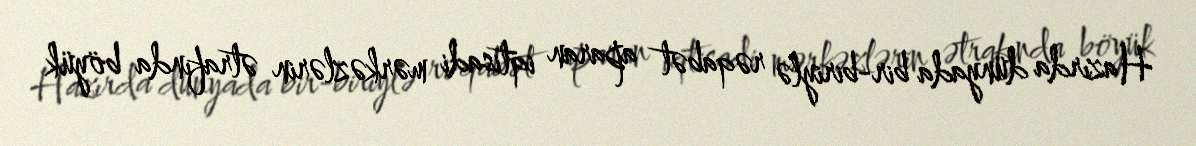
Hazırda dünyada bir-biriylə rəqabət aparan iqtisadi mərkəzlərin ətrafında böyük